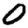
Digit: 0